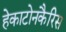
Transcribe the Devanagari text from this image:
हेकाटोनकैरिस